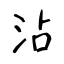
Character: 沾